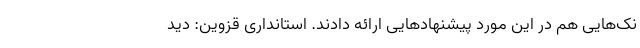
نک‌هایی هم در این مورد پیشنهادهایی ارائه دادند. استانداری قزوین: دید